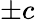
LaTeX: \pm c